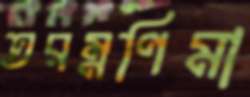
তরম্নণিমা